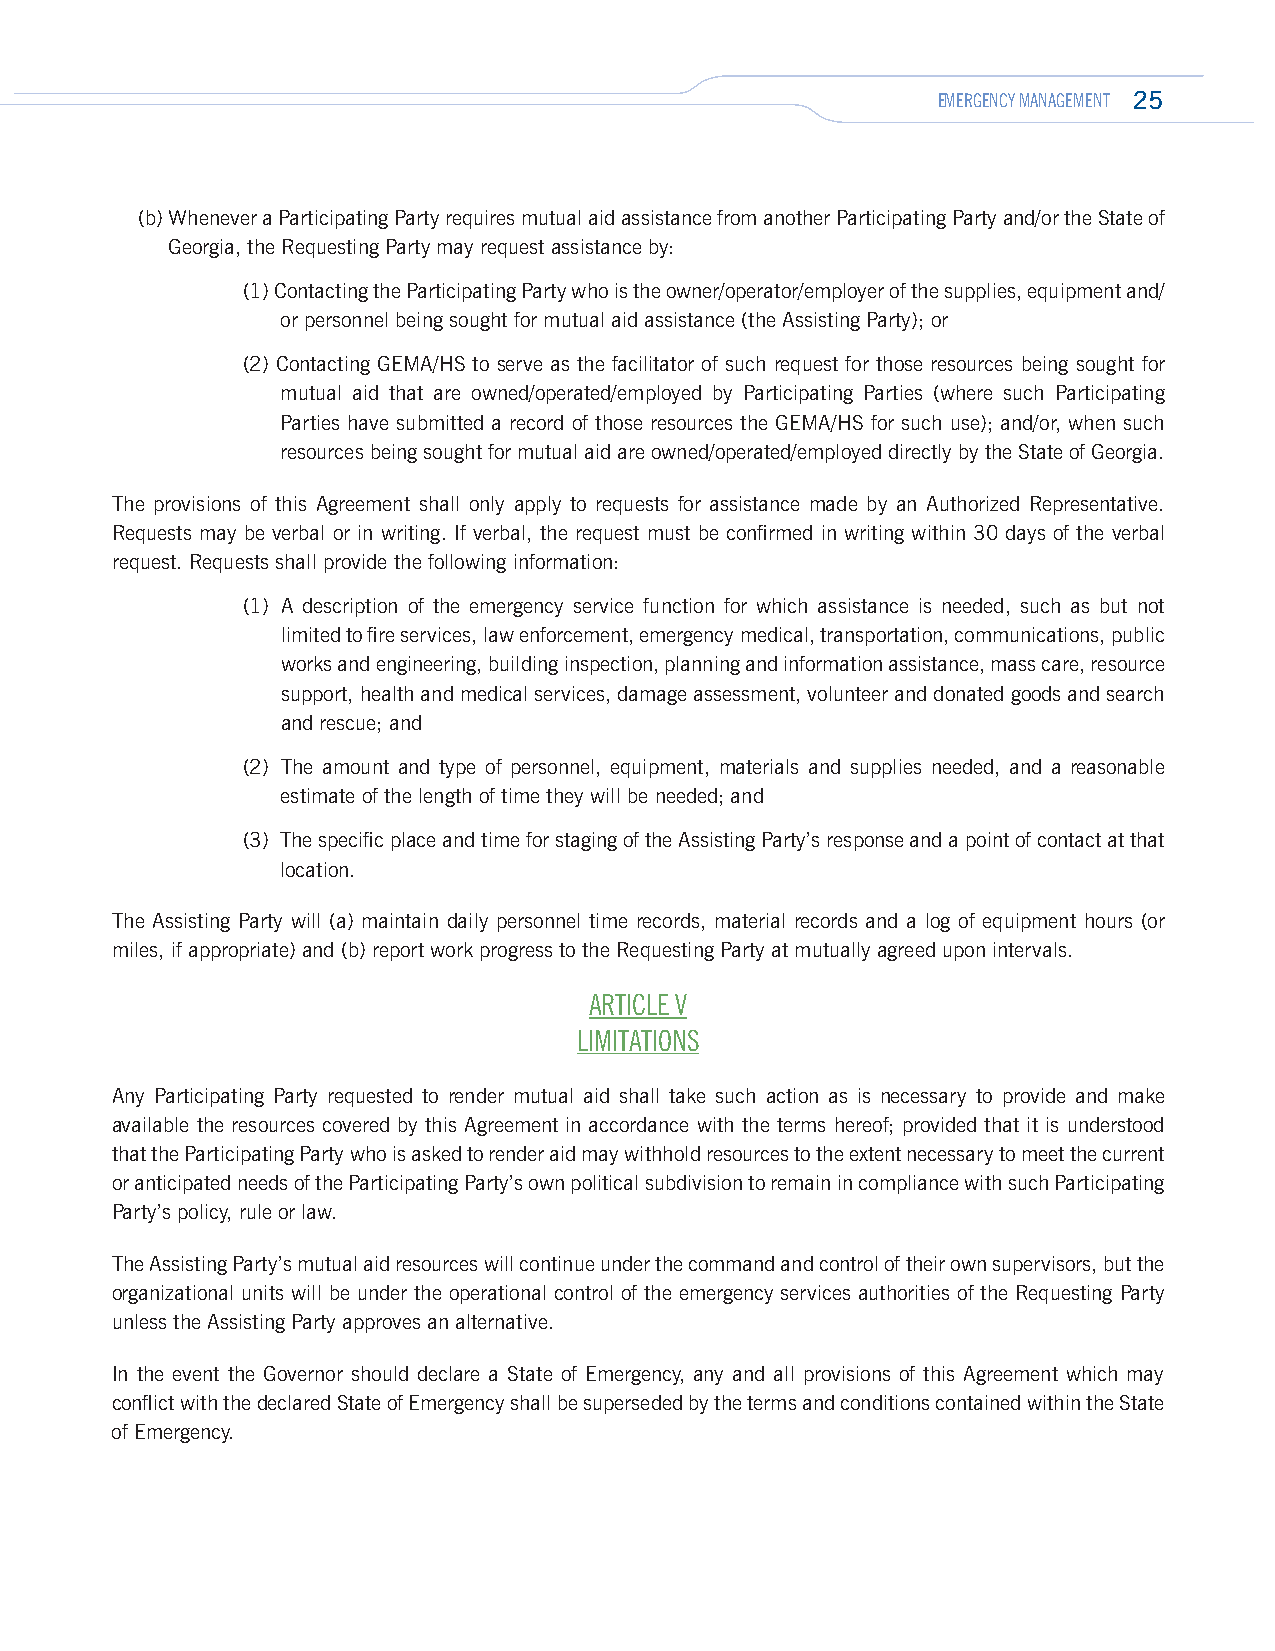
EMERGENCY MANAGEMENT 25
 (b) Whenever a Participating Party requires mutual aid assistance from another Participating Party and/or the State of
 Georgia, the Requesting Party may request assistance by:
 (1) Contacting the Participating Party who is the owner/operator/employer of the supplies, equipment and/
 or personnel being sought for mutual aid assistance (the Assisting Party); or
 (2) Contacting GEMA/HS to serve as the facilitator of such request for those resources being sought for
 mutual aid that are owned/operated/employed by Participating Parties (where such Participating
 Parties have submitted a record of those resources the GEMA/HS for such use); and/or, when such
 resources being sought for mutual aid are owned/operated/employed directly by the State of Georgia.
 The provisions of this Agreement shall only apply to requests for assistance made by an Authorized Representative.
 Requests may be verbal or in writing. If verbal, the request must be confirmed in writing within 30 days of the verbal
 request. Requests shall provide the following information:
 (1) A description of the emergency service function for which assistance is needed, such as but not
 limited to fire services, law enforcement, emergency medical, transportation, communications, public
 works and engineering, building inspection, planning and information assistance, mass care, resource
 support, health and medical services, damage assessment, volunteer and donated goods and search
 and rescue; and
 (2) The amount and type of personnel, equipment, materials and supplies needed, and a reasonable
 estimate of the length of time they will be needed; and
 (3) The specific place and time for staging of the Assisting Party’s response and a point of contact at that
 location.
 The Assisting Party will (a) maintain daily personnel time records, material records and a log of equipment hours (or
 miles, if appropriate) and (b) report work progress to the Requesting Party at mutually agreed upon intervals.
 ARTICLE V
 LIMITATIONS
 Any Participating Party requested to render mutual aid shall take such action as is necessary to provide and make
 available the resources covered by this Agreement in accordance with the terms hereof; provided that it is understood
 that the Participating Party who is asked to render aid may withhold resources to the extent necessary to meet the current
 or anticipated needs of the Participating Party’s own political subdivision to remain in compliance with such Participating
 Party’s policy, rule or law.
 The Assisting Party’s mutual aid resources will continue under the command and control of their own supervisors, but the
 organizational units will be under the operational control of the emergency services authorities of the Requesting Party
 unless the Assisting Party approves an alternative.
 In the event the Governor should declare a State of Emergency, any and all provisions of this Agreement which may
 conflict with the declared State of Emergency shall be superseded by the terms and conditions contained within the State
 of Emergency.